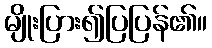
မျိုးပြား၍ပြပြန်၏။